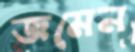
জমেন